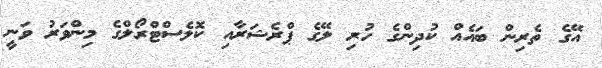
އޭގެ ތެރިން ބައެއް ކުދިންގެ ހުރި ލޭގެ ޕްރެޝަރާއި ކޮލެސްޓްރޯލްގެ މިންވަރު ވަނީ